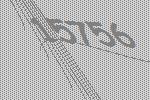
15756